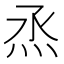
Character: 𤇏